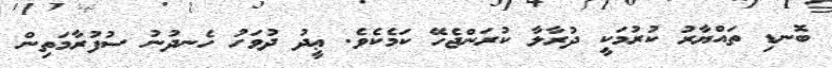
ބޮނޑި ތައްޔާރު ކުރުމަކީ ދުރާލާ ކުރަންޖެހޭ ކަމެކެވެ. ޢީދު ދުވަހު ހެނދުނު ސުފުރާމަތިން